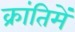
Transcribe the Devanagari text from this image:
क्रांतिमें